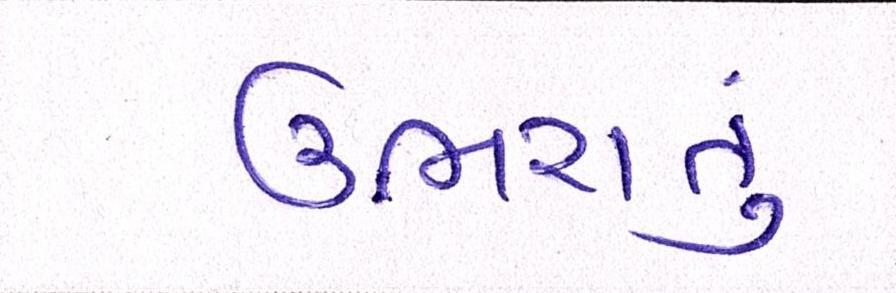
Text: ઉભરાતું